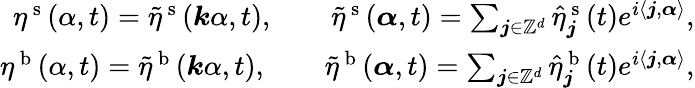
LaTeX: \begin{array}{r}{\eta^{\mathrm{~s~}}(\alpha,t)=\tilde{\eta}^{\mathrm{~s~}}(\boldsymbol k\alpha,t),\qquad\tilde{\eta}^{\mathrm{~s~}}(\boldsymbol\alpha,t)=\sum_{\boldsymbol{j}\in\mathbb{Z}^{d}}\hat{\eta}_{\boldsymbol{j}}^{\mathrm{~s~}}(t)e^{i\langle\boldsymbol j,\boldsymbol\alpha\rangle},}\\ {\eta^{\mathrm{~b~}}(\alpha,t)=\tilde{\eta}^{\mathrm{~b~}}(\boldsymbol k\alpha,t),\qquad\tilde{\eta}^{\mathrm{~b~}}(\boldsymbol\alpha,t)=\sum_{\boldsymbol{j}\in\mathbb{Z}^{d}}\hat{\eta}_{\boldsymbol{j}}^{\mathrm{~b~}}(t)e^{i\langle\boldsymbol j,\boldsymbol\alpha\rangle},}\end{array}